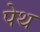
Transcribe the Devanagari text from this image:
पेथ